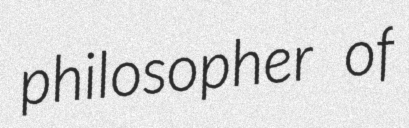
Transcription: philosopher of